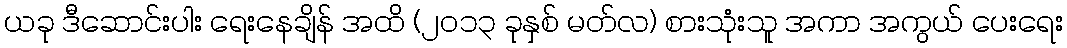
ယခု ဒီဆောင်းပါး ရေးနေချိန် အထိ (၂ဝ၁၃ ခုနှစ် မတ်လ) စားသုံးသူ အကာ အကွယ် ပေးရေး